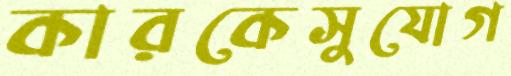
কারকেসুযোগ